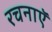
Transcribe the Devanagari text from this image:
रचनाऍ